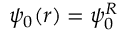
\psi _ { 0 } ( r ) = \psi _ { 0 } ^ { R }